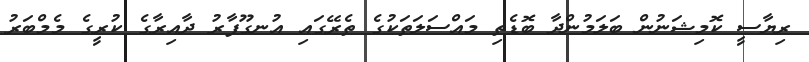
ރިޔާސީ ކޮމިޝަނުން ބަލަމުންދާ ބޮޑެތި މައްސަލަތަކުގެ ތެރޭގައި އުނގޫފާރު ދާއިރާގެ ކުރީގެ މެމްބަރު